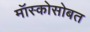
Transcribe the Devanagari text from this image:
मॉस्कोसोबत